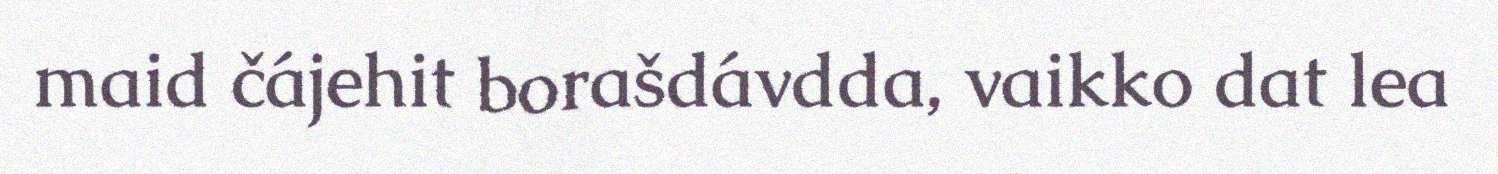
maid čájehit borašdávdda, vaikko dat lea